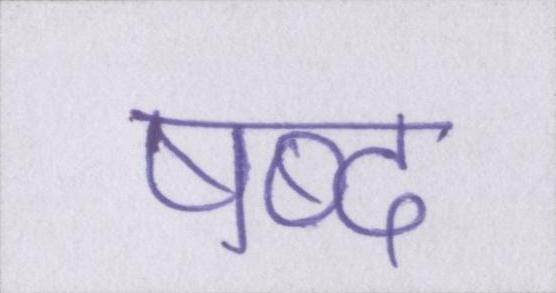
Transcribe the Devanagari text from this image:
षब्द